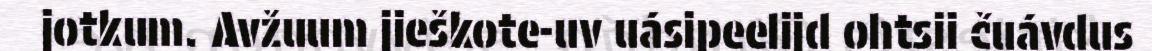
jotkum. Avžuum jieškote-uv uásipeelijd ohtsii čuávdus